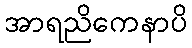
အာရညိကေနာပိ